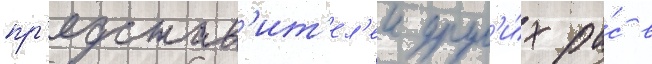
пр'едстав'ит'ел'еи друг'и́х ра́с в